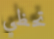
تحظي